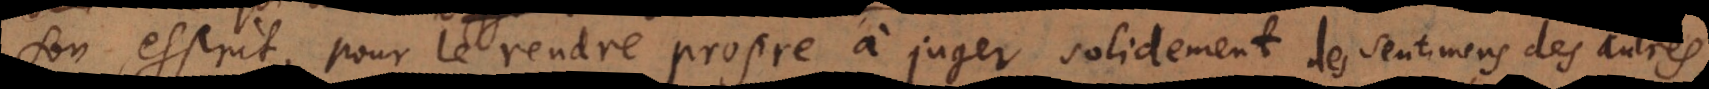
son esprit, pour le rendre propre à juger solidement et à trouver